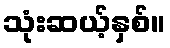
သုံးဆယ့်နှစ်။